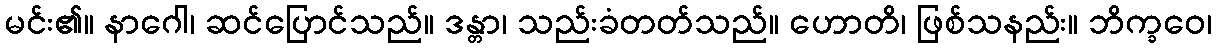
မင်း၏။ နာဂေါ၊ ဆင်ပြောင်သည်။ ဒန္တာ၊ သည်းခံတတ်သည်။ ဟောတိ၊ ဖြစ်သနည်း။ ဘိက္ခဝေ၊